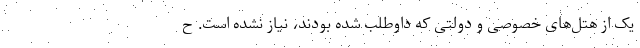
یک از هتل‌های خصوصی و دولتی که داوطلب شده بودند، نیاز نشده است. ح